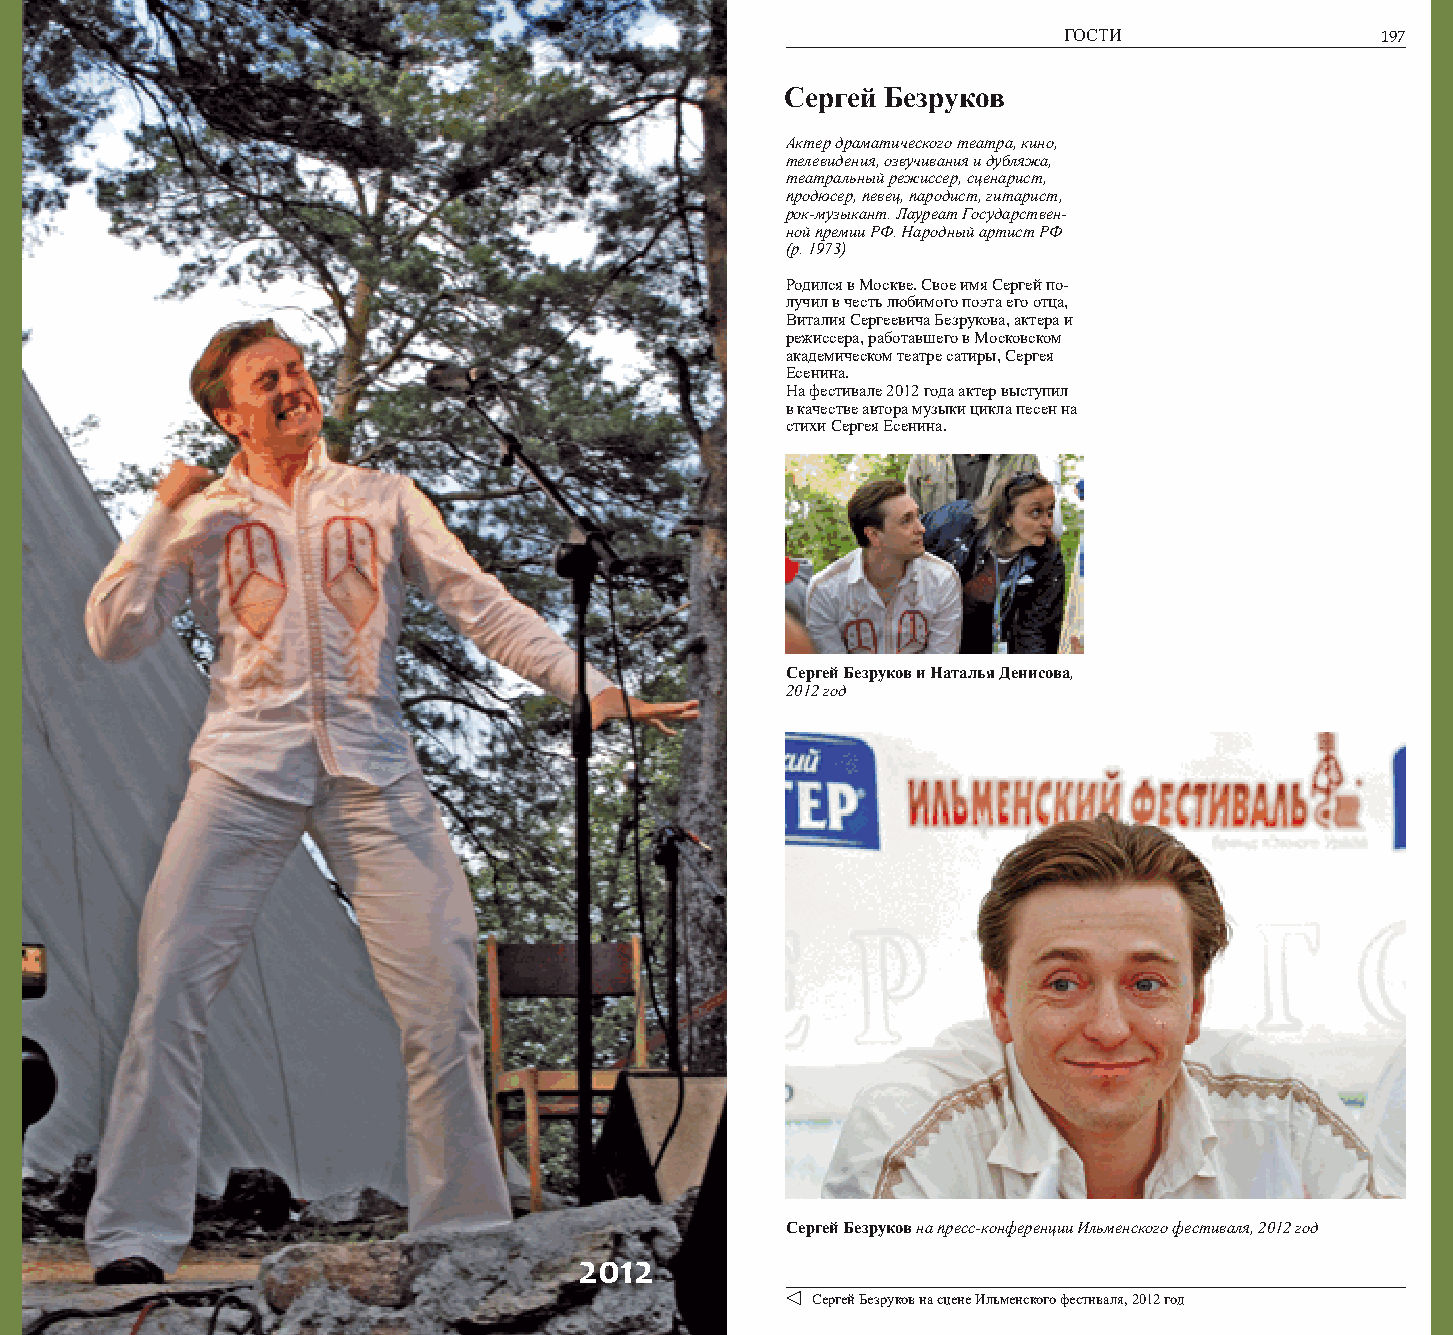
196                                                                ГОСТИ                197
 Сергей Безруков
 Актер драматического театра, кино,
 телевидения, озвучивания и дубляжа,
 театральный режиссер, сценарист,
 продюсер, певец, пародист, гитарист,
 рок-музыкант. Лауреат Государствен-
 ной премии РФ. Народный артист РФ
 (р. 1973)
 Родился в Москве. Свое имя Сергей по-
 лучил в честь любимого поэта его отца,
 Виталия Сергеевича Безрукова, актера и
 режиссера, работавшего в Московском
 академическом театре сатиры, Сергея
 Есенина.
 На фестивале 2012 года актер выступил
 в качестве автора музыки цикла песен на
 стихи Сергея Есенина.
 Сергей Безруков и Наталья Денисова,
 2012 год
 Сергей Безруков на пресс-конференции Ильменского фестиваля, 2012 год
 2012
 Сергей Безруков на сцене Ильменского фестиваля, 2012 год